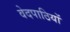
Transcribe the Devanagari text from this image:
वेदपाठियों